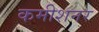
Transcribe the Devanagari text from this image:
कमीशनर